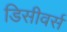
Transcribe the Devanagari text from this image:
डिसीवर्स